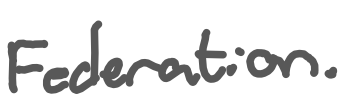
Text: Federation.
Cross-out: clean
Writing tool: digital_gray